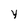
Character: y